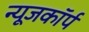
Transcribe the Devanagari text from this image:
न्यूजकॉर्प